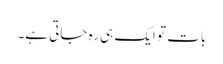
بات تو ایک ہی رہ جاتی ہے۔